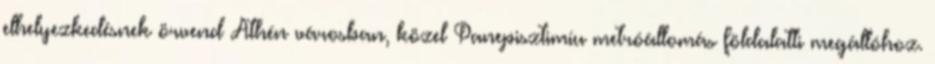
elhelyezkedésnek örvend Athén városban, közel Panepisztimíu metróállomás földalatti megállóhoz.